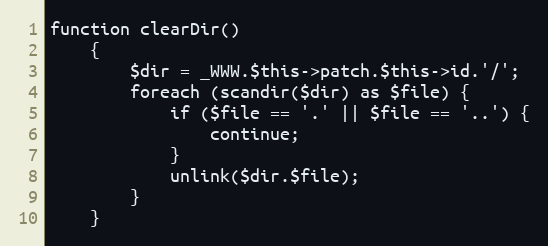
Language: PHP
function clearDir()
    {
        $dir = _WWW.$this->patch.$this->id.'/';
        foreach (scandir($dir) as $file) {
            if ($file == '.' || $file == '..') {
                continue;
            }
            unlink($dir.$file);
        }
    }